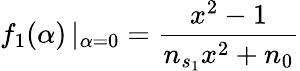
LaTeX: \mathop{f_{1}(\alpha)}|_{\alpha=0}=\frac{x^{2}-1}{n_{s_{1}}x^{2}+n_{0}}